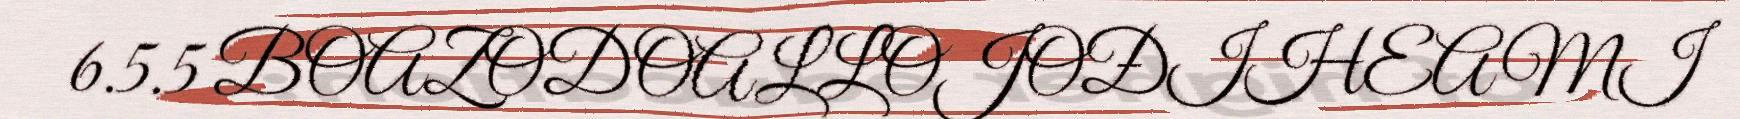
6.5.5 BOAZODOALLOJOĐIHEAMI